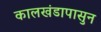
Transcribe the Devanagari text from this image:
कालखंडापासुन